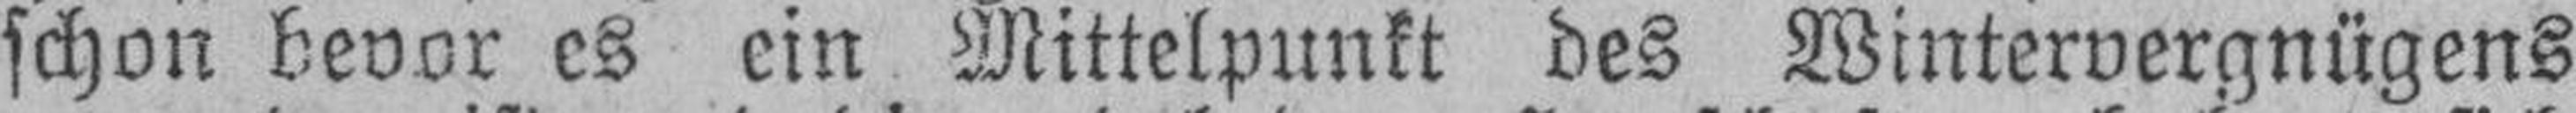
schon bevor es ein Mittelpunkt des Wintervergnügens